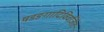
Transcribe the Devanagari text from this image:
षडङगादिविवर्जितः